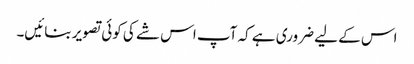
اس کے لیے ضروری ہے کہ آپ اس شے کی کوئی تصویر بنائیں۔